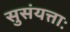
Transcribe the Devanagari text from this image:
सुसंयत्ताः